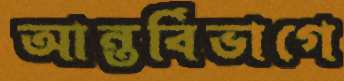
আন্তর্বিভাগে